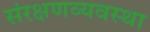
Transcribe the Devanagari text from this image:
संरक्षणव्यवस्था